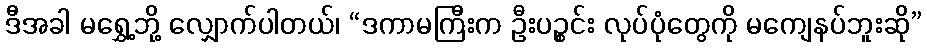
ဒီအခါ မရွှေ့ဘို့ လျှောက်ပါတယ်၊ “ဒကာမကြီးက ဦးပဉ္စင်း လုပ်ပုံတွေကို မကျေနပ်ဘူးဆို”